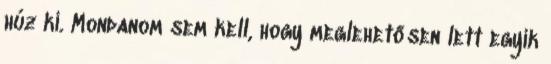
húz ki. Mondanom sem kell, hogy meglehetősen lett egyik